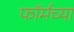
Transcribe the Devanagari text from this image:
फॉर्मच्या